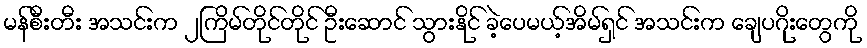
မန်စီးတီး အသင်းက ၂ကြိမ်တိုင်တိုင် ဦးဆောင် သွားနိုင် ခဲ့ပေမယ့်အိမ်ရှင် အသင်းက ချေပဂိုးတွေကို